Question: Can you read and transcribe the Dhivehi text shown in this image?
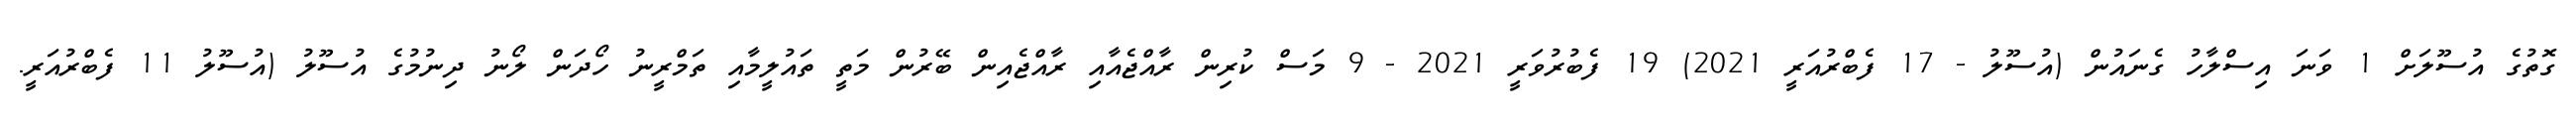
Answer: ގޮތުގެ އުސޫލަށް 1 ވަނަ އިސްލާހު ގެނައުން (އުސޫލު - 17 ފެބްރުއަރީ 2021) 19 ފެބުރުވަރީ 2021 - 9 މަސް ކުރިން ރާއްޖެއާއި ރާއްޖެއިން ބޭރުން މަތީ ތައުލީމާއި ތަމްރީނު ހޯދަން ލޯނު ދިނުމުގެ އުސޫލު (އުސޫލު 11 ފެބްރުއަރީ.